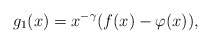
\begin{align*}g_1(x)=x^{-\gamma}(f(x)-\varphi (x)),\end{align*}